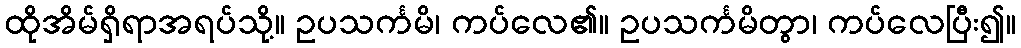
ထိုအိမ်ရှိရာအရပ်သို့။ ဥပသင်္ကမိ၊ ကပ်လေ၏။ ဥပသင်္ကမိတွာ၊ ကပ်လေပြီး၍။